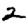
Digit: 2